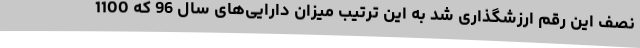
نصف این رقم ارزشگذاری شد به این ترتیب میزان دارایی‌های سال 96 که 1100